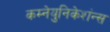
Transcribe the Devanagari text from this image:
कम्नेयुनिकेशंन्स